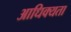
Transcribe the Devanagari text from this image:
आधिक्यता